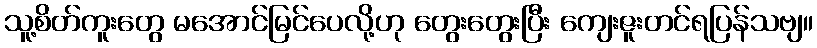
သူ့စိတ်ကူးတွေ မအောင်မြင်ပေလို့ဟု တွေးတွေးပြီး ကျေးဇူးတင်ရပြန်သဗျ။